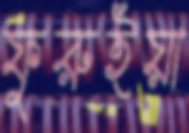
ফুরুইয়া